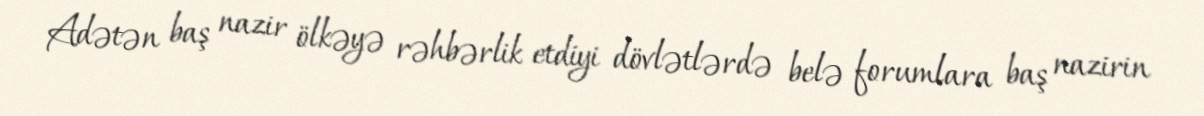
Adətən baş nazir ölkəyə rəhbərlik etdiyi dövlətlərdə belə forumlara baş nazirin